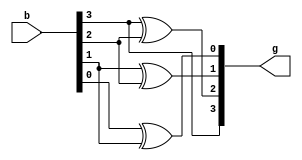
//Dataflow Modelling
module bg(b, g);
    input [3:0]b;
    output [3:0]g;
    assign g[3]=b[3];
    assign g[2]=b[3]^b[2];
    assign g[1]=b[1]^b[2];
    assign g[0]=b[0]^b[1];
    endmodule
     
module testbench();
     reg [3:0]b;
     wire [3:0]g;
    bg b1(b,g);
initial
begin
b=4'd 0;
#5 b=4'd 1;
#5 b=4'd 2;
#5 b=4'd 3;
#5 b=4'd 4;
#5 b=4'd 5;
#5 b=4'd 6;
#5 b=4'd 7;
#5 b=4'd 8;
#5 b=4'd 9;
#5 b=4'd 10;
#5 b=4'd 11;
#5 b=4'd 12;
#5 b=4'd 13;
#5 b=4'd 14;
#5 b=4'd 15;
#5 $finish;
end
 endmodule